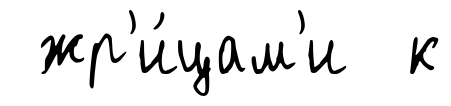
жр'и́цам'и к